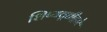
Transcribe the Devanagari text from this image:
शिष्यवृत्तीद्वारे